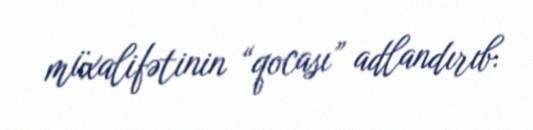
müxalifətinin “qocası” adlandırıb.